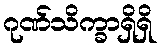
ဂုဏ်သိက္ခာရှိရှိ